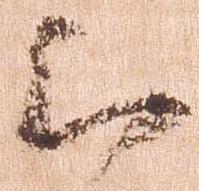
云